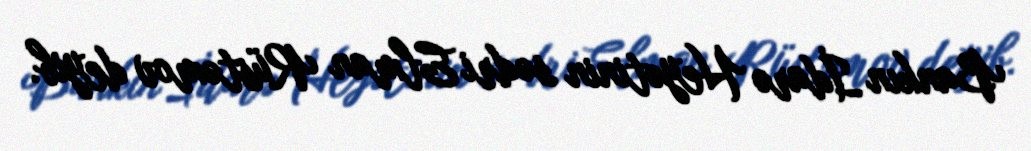
Bankın İdarə Heyətinin sədri Elman Rüstəmov deyib.